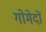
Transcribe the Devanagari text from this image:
गोमेदों